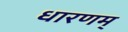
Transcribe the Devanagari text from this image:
धारणम्